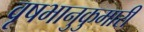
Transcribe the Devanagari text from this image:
वृषभानुकुमारी